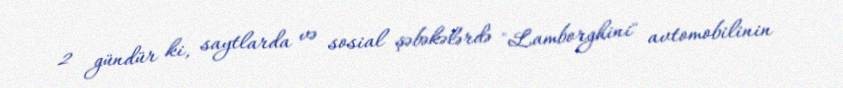
2 gündür ki, saytlarda və sosial şəbəkələrdə "Lamborghini" avtomobilinin